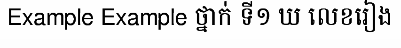
Example Example ថ្នាក់ ទី១ ឃ លេខរៀង